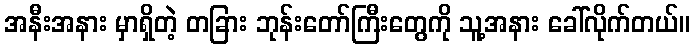
အနီးအနား မှာရှိတဲ့ တခြား ဘုန်းတော်ကြီးတွေကို သူ့အနား ခေါ်လိုက်တယ်။